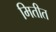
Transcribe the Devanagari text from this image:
मितीत